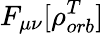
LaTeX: F_{\mu\nu}[\rho_{orb}^{T}]